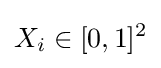
X_{i}\in [0,1]^{2}